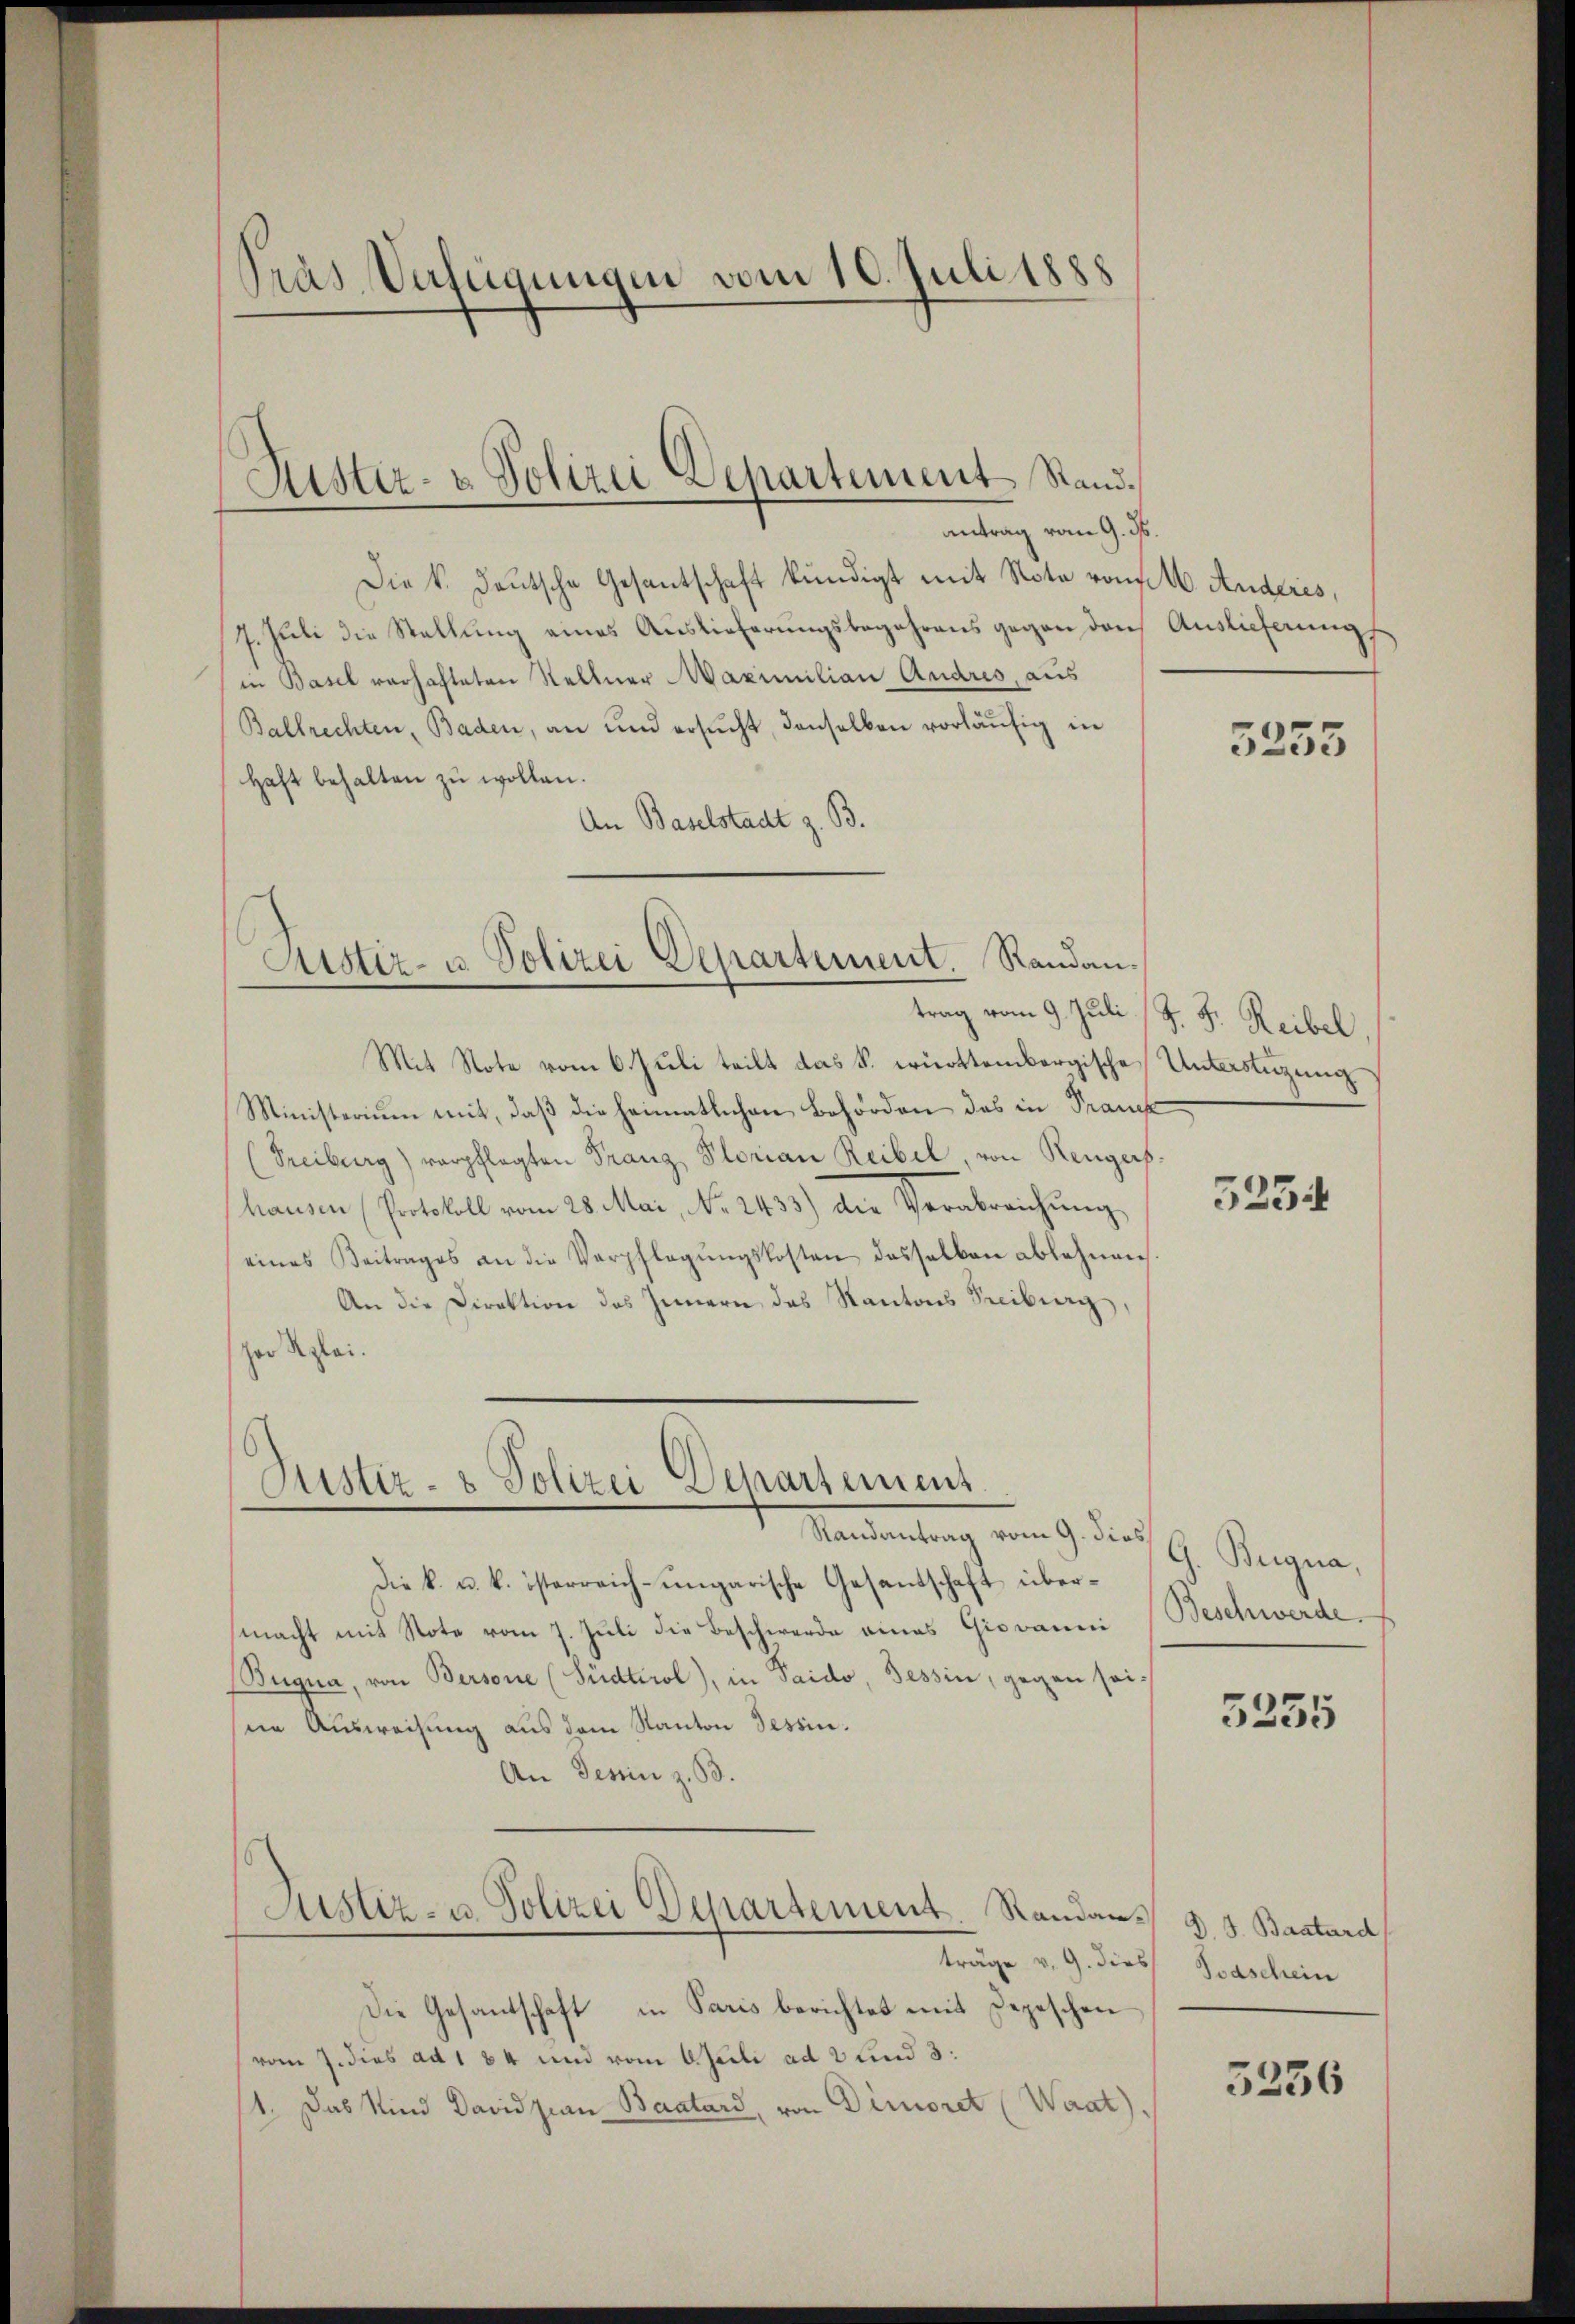
Präs. Verfügungen vom 10. Juli 1888

antrag vom 9. ds.
Die k. deutsche Gesantschaft kündigt mit Nota vom 16. Anderes,
7. Juli die Stellung eines Auslieferungsbegehrens gegen den Auslieferungs
in Basel verhafteten Sellner Maximilian Andres, aus
Ballrechten, Baden, an und ersŭcht, denselben vorläufig in
Haft behalten zŭ wollen.
An Baselstadt z. B.

Rustiz- & Polizei Departement Stand.

Justiz- u. Polizei Departement. Randan¬
.

Justiz- & Polizei Deparsement.

Mit Note vom 6. Juli teilt das k. württembergische Unterstüzung
Ministerium mit, daß die heimatlichen Behörden des in Franck
Freiburg) verpflegten Franz Plorian Reibel, von Rengers
hausen (Protokoll vom 28. Mai, No. 2433) die Verabreichung
eines Beitrages an die Verpflegŭngskosten desselben ablehnen
An die Direktion des Innern das Kantons Treiburg
zer Reglei

Mandantrag vom 9. die G. Begna,
Die k. u. k. österreich-ungarische Gesandschaft übermacht mit Note vom 7. Juli die Beschwerde eines Giovanni
Bugna, von Bersone (Südtirol), in Saido, Tessin, gegen seine Ausweisung aus dem Kanton Tessin.
An Tessin z. B.
Justiz- u. Polizei Departement. Standanträge v. 9. dies Taschein
Die Gesantschaft in Paris berichtet mit Depeschen
vom 7. dies ad 1 84 und vom 6 Juli ad 3 Kind 3:
1. Das Kind Davidsian Baatard, von Dimioret (Waat)

5255

trag vom 9. Juli J. J. Reibel

5234

Beschwerde.

5255

D. J. Baatard

5236